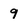
Character: 9